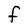
Character: F